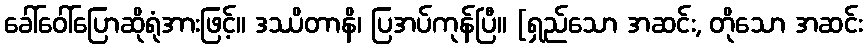
ခေါ်ဝေါ်ပြောဆိုရုံအားဖြင့်။ ဒဿိတာနိ၊ ပြအပ်ကုန်ပြီ။ [ရှည်သော အဆင်း, တိုသော အဆင်း